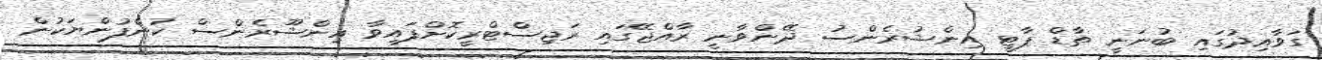
ގަވާއިދުގައި ބުނަނީ ތާޑް ޕާޓީ އިންޝުރެންސު ދޭންވާނީ ރާއްޖޭގައި ރަޖިސްޓްރީކޮށްފައިވާ އިންޝޫރެންސް ކުންފުންޔަކުން